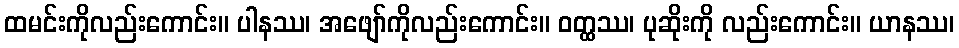
ထမင်းကိုလည်းကောင်း။ ပါနဿ၊ အဖျော်ကိုလည်းကောင်း။ ဝတ္ထဿ၊ ပုဆိုးကို လည်းကောင်း။ ယာနဿ၊